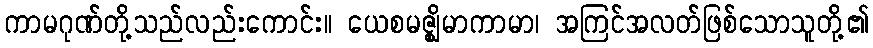
ကာမဂုဏ်တို့သည်လည်းကောင်း။ ယေစမဇ္ဈိမာကာမာ၊ အကြင်အလတ်ဖြစ်သောသူတို့၏